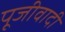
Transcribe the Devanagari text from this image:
पूजीवादी